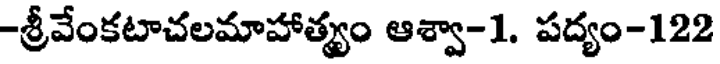
-శ్రీవేంకటాచలమాహాత్యం ఆశ్వా-1. పద్యం-122